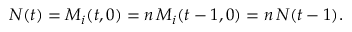
\begin{array} { r } { N ( t ) = M _ { i } ( t , 0 ) = n \, M _ { i } ( t - 1 , 0 ) = n \, N ( t - 1 ) . } \end{array}